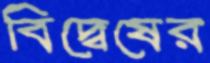
বিদ্বেষের